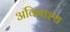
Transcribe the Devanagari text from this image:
अविनाश्य